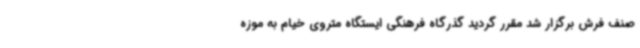
صنف فرش برگزار شد مقرر گردید گذرگاه فرهنگی ایستگاه متروی خیام به موزه